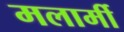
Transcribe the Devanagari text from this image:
मलार्मी